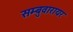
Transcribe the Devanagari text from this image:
सम्बुवारायर